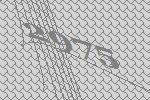
2975